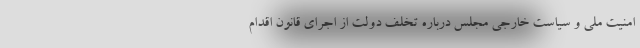
امنیت ملی و سیاست خارجی مجلس درباره تخلف دولت از اجرای قانون اقدام